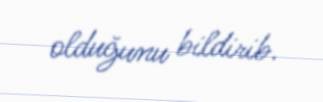
olduğunu bildirib.